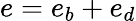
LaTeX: e=e_{b}+e_{d}